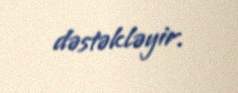
dəstəkləyir.